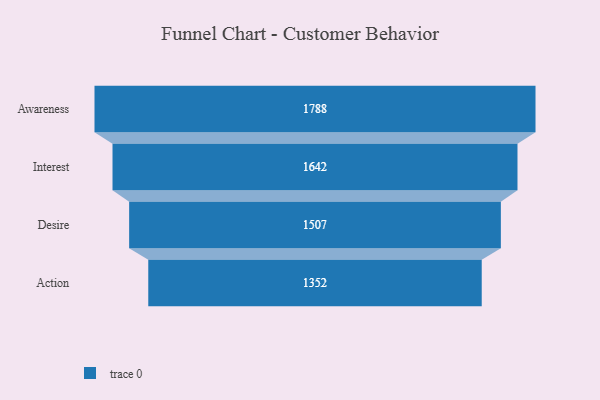
{"axis": {"x": "Stage", "y": "Value"}, "legend": [""], "data": [{"x": "Awareness", "y": 1788.0, "type": ""}, {"x": "Interest", "y": 1642.0, "type": ""}, {"x": "Desire", "y": 1507.0, "type": ""}, {"x": "Action", "y": 1352.0, "type": ""}]}